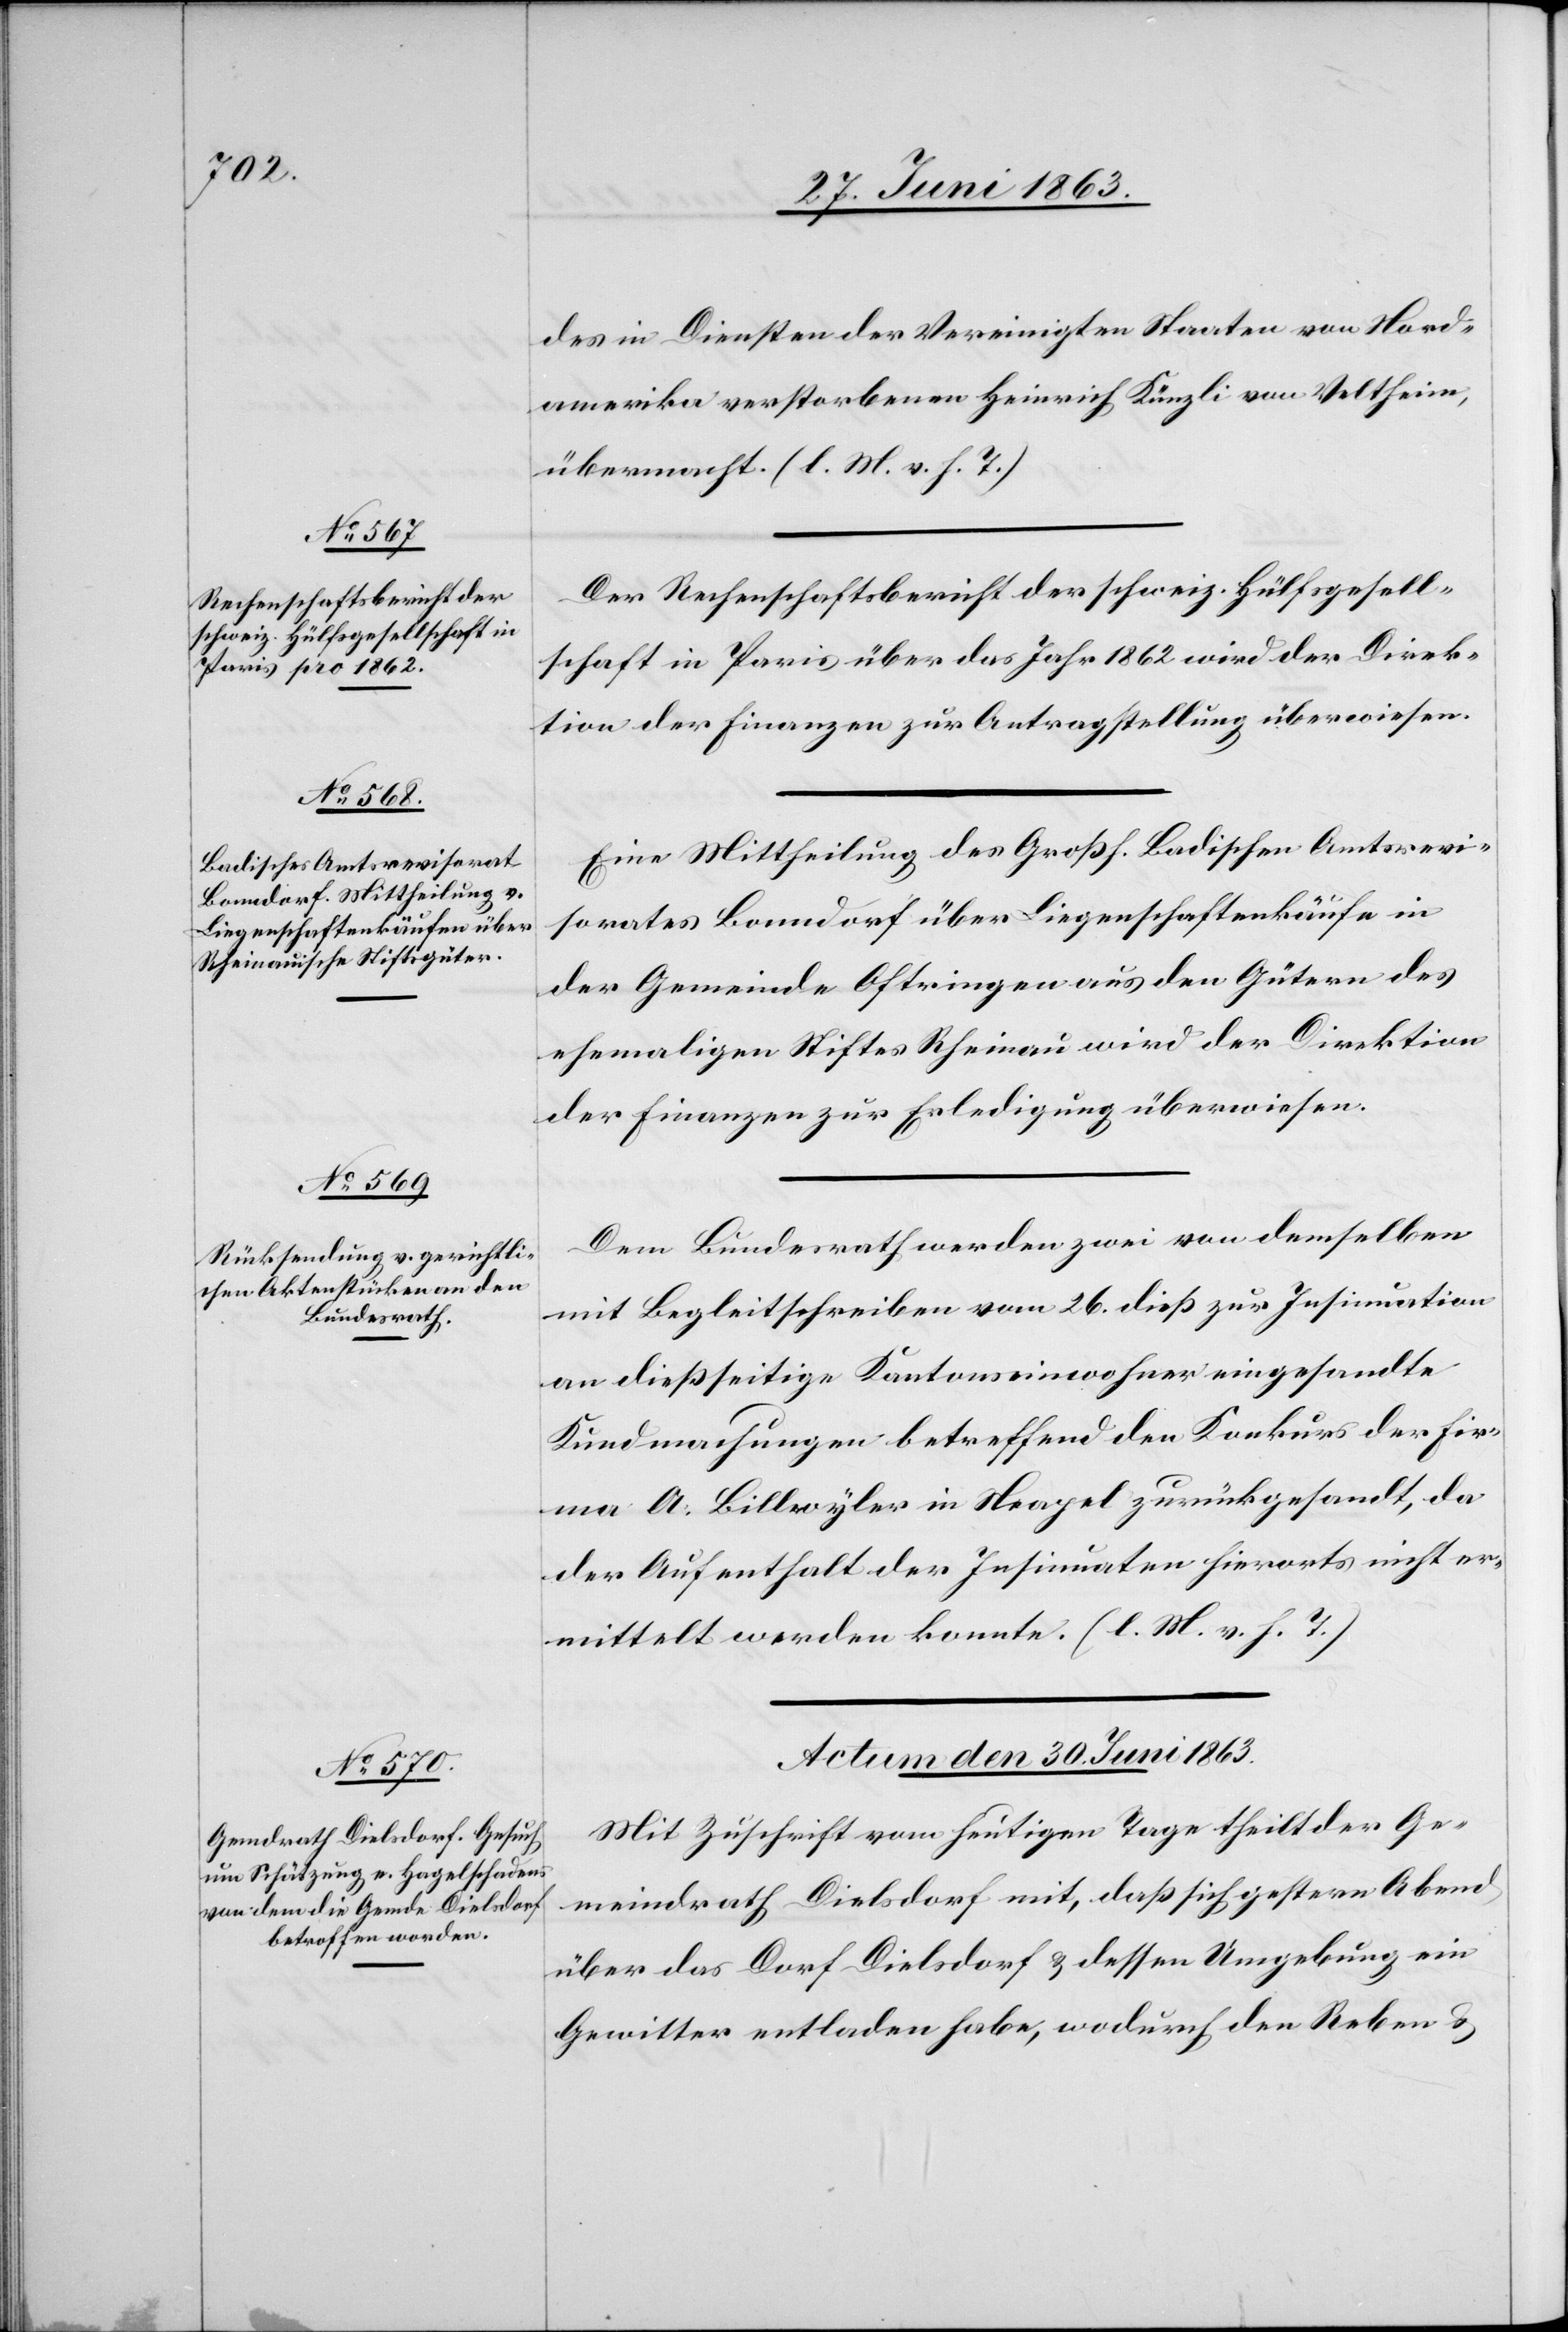
des in Diensten der Vereinigten Staaten von Nord¬
amerika verstorbenen Heinrich Künzli von Veltheim,
übermacht. (l. M. v. h. T.)
Der Rechenschaftsbericht der schweiz. Hülfsgesell¬
schaft in Paris über das Jahr 1862 wird der Direk¬
tion der Finanzen zur Antragstellung überwiesen.
Eine Mittheilung des Großh. Badischen Amtsrevi¬
sorates Bonndorf über Liegenschaftenkäufe in
der Gemeinde Oftringen aus den Gütern des
ehemaligen Stiftes Rheinau wird der Direktion
der Finanzen zur Erledigung überwiesen.
Dem Bundesrath werden zwei von demselben
mit Begleitschreiben vom 26. dieß zur Insinuation
an dießseitige Kantonseinwohner eingesandte
Kundmachungen betreffend den Konkurs der Fir¬
ma A. Billwyler in Neapel zurückgesandt, da
der Aufenthalt der Insinuaten hierorts nicht er¬
mittelt werden konnte. (l. M. v. h. T.)
Actum den 30. Juni 1863.
Mit Zuschrift vom heutigen Tage theilt der Ge¬
meindrath Dielsdorf mit, daß sich gestern Abend
über das Dorf Dielsdorf & dessen Umgebung ein
Gewitter entladen habe, wodurch den Reben &